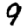
Digit: 9